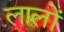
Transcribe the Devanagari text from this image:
लालों